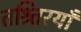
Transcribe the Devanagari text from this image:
तश्र्तिरयाँ